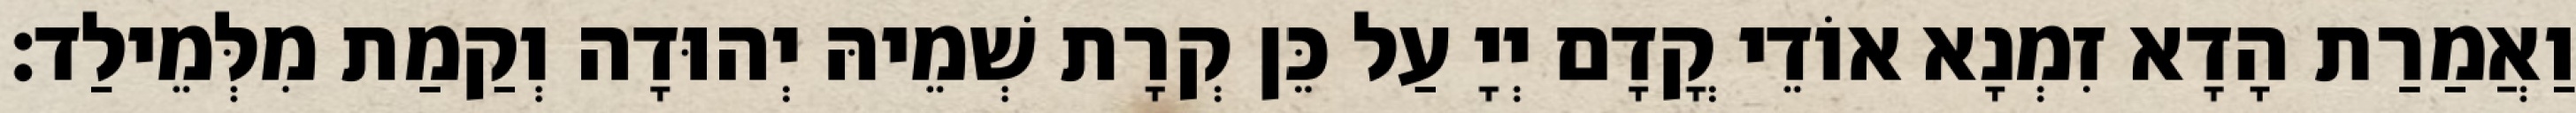
וַאֲמַרַת הָדָא זִמְנָא אוֹדֵי קֳדָם יְיָ עַל כֵּן קְרָת שְׁמֵיהּ יְהוּדָה וְקַמַת מִלְּמֵילַד׃